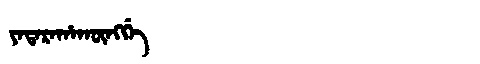
Manchu: ᠶᠠᡨᠠᡵᠠᡥᠠᡴᡡᠩᡤᡝ
Romanization: YATARAHAKŪNGGE